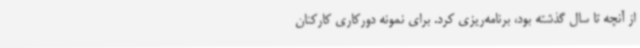
از آنچه تا سال گذشته بود، برنامه‌ریزی کرد. برای نمونه دورکاری کارکنان